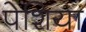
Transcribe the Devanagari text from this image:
पेशिया